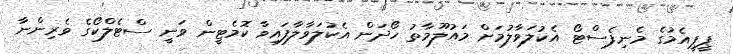
ޕީޕީއެމުގެ މެނިފެސްޓޯ އެކުލަވާލުމަށް މައުލޫމާތު ހޯދަން އެކުލަވާލާފައިވާ ކޮމެޓީން ވަނީ ސްޓެލްކޯގެ ވެރިންނާ